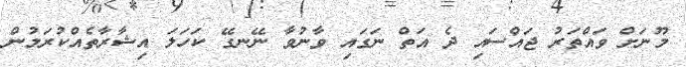
މޫނަށް ވައްތަރު ޖައްސައި ދެ އަތް ނަގައި ވާނުވާ ނޭނގޭ ކަހަލަ އިޝާރާތެއްކުރަމުން